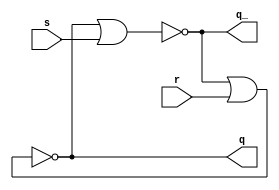

module sr_latch (input s, r,
			output q, q_);

	nor (q_, q, s);
	nor (q, q_, r);

endmodule